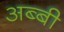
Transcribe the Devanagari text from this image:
अब्बी